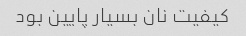
کیفیت نان بسیار پایین بود